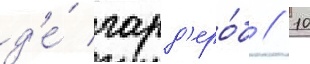
д'е́ гард'еро́б // 10